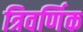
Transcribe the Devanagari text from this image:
त्रिवर्णिक